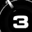
Digit: 3